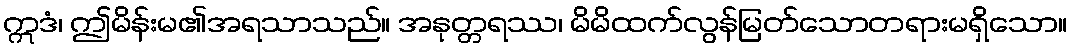
ဣဒံ၊ ဤမိန်းမ၏အရသာသည်။ အနုတ္တရဿ၊ မိမိထက်လွန်မြတ်သောတရားမရှိသော။